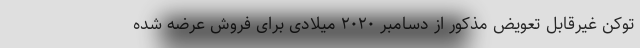
توکن غیرقابل تعویض مذکور از دسامبر ۲۰۲۰ میلادی برای فروش عرضه شده